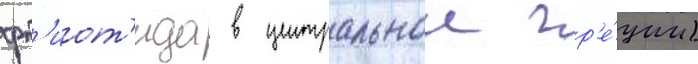
фт'иот'ида в центральнои гр'е́ции)